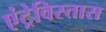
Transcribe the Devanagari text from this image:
एंट्रेविस्तास